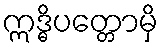
ဣဒ္ဓိပတ္တောမှိ